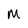
Character: M